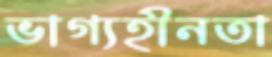
ভাগ্যহীনতা